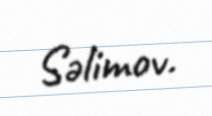
Səlimov.